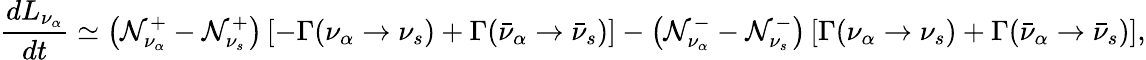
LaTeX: \frac{dL_{\nu_{\alpha}}}{dt}\simeq\left({\cal N}_{\nu_{\alpha}}^{+}-{\cal N}_{\nu_{s}}^{+}\right)\left[-\Gamma(\nu_{\alpha}\to\nu_{s})+\Gamma(\bar{\nu}_{\alpha}\to\bar{\nu}_{s})\right]-\left({\cal N}_{\nu_{\alpha}}^{-}-{\cal N}_{\nu_{s}}^{-}\right)\left[\Gamma(\nu_{\alpha}\to\nu_{s})+\Gamma(\bar{\nu}_{\alpha}\to\bar{\nu}_{s})\right],